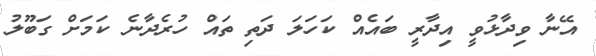
އޭނާ ވިދާޅުވީ އިދާރީ ބައެއް ކަހަލަ ދަތި ތައް ހުރެދާނެ ކަމަށް ގަބޫލު